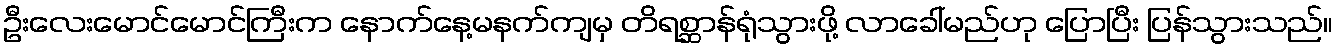
ဦးလေးမောင်မောင်ကြီးက နောက်နေ့မနက်ကျမှ တိရစ္ဆာန်ရုံသွားဖို့ လာခေါ်မည်ဟု ပြောပြီး ပြန်သွားသည်။